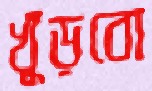
খুঁড়বো